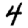
Digit: 4